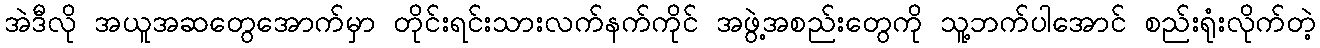
အဲဒီလို အယူအဆတွေအောက်မှာ တိုင်းရင်းသားလက်နက်ကိုင် အဖွဲ့အစည်းတွေကို သူ့ဘက်ပါအောင် စည်းရုံးလိုက်တဲ့